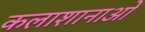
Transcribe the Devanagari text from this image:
कलाशानाओं